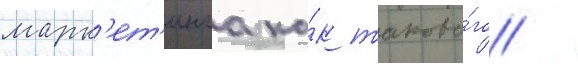
марк'ет'инга ка́к таково́го /